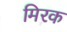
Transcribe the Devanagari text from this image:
मिरक